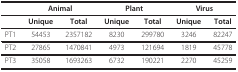
<table><thead><tr><td></td><td colspan="2"><b>Animal</b></td><td colspan="2"><b>Plant</b></td><td colspan="2"><b>Virus</b></td></tr></thead><tbody><tr><td></td><td><b>Unique</b></td><td><b>Total</b></td><td><b>Unique</b></td><td><b>Total</b></td><td><b>Unique</b></td><td><b>Total</b></td></tr><tr><td>PT1</td><td>54453</td><td>2357182</td><td>8230</td><td>299780</td><td>3246</td><td>82247</td></tr><tr><td>PT2</td><td>27865</td><td>1470841</td><td>4973</td><td>121694</td><td>1819</td><td>45778</td></tr><tr><td>PT3</td><td>35058</td><td>1693263</td><td>6732</td><td>190221</td><td>2270</td><td>45259</td></tr></tbody></table>